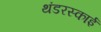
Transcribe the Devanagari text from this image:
थंडरस्काई